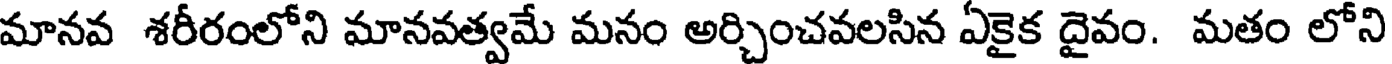
మానవ శరీరంలోని మానవత్వమే మనం అర్చించవలసిన ఏకైక దైవం. మతం లోని